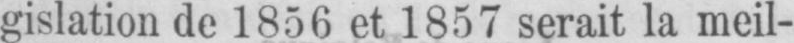
gislation de 1856 et 1857 serait la meil-